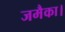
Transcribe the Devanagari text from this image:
जमैका।